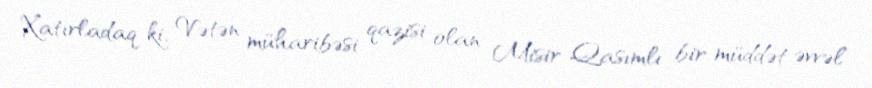
Xatırladaq ki, Vətən müharibəsi qazisi olan Misir Qasımlı bir müddət əvvəl